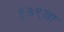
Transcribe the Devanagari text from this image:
१३९वा